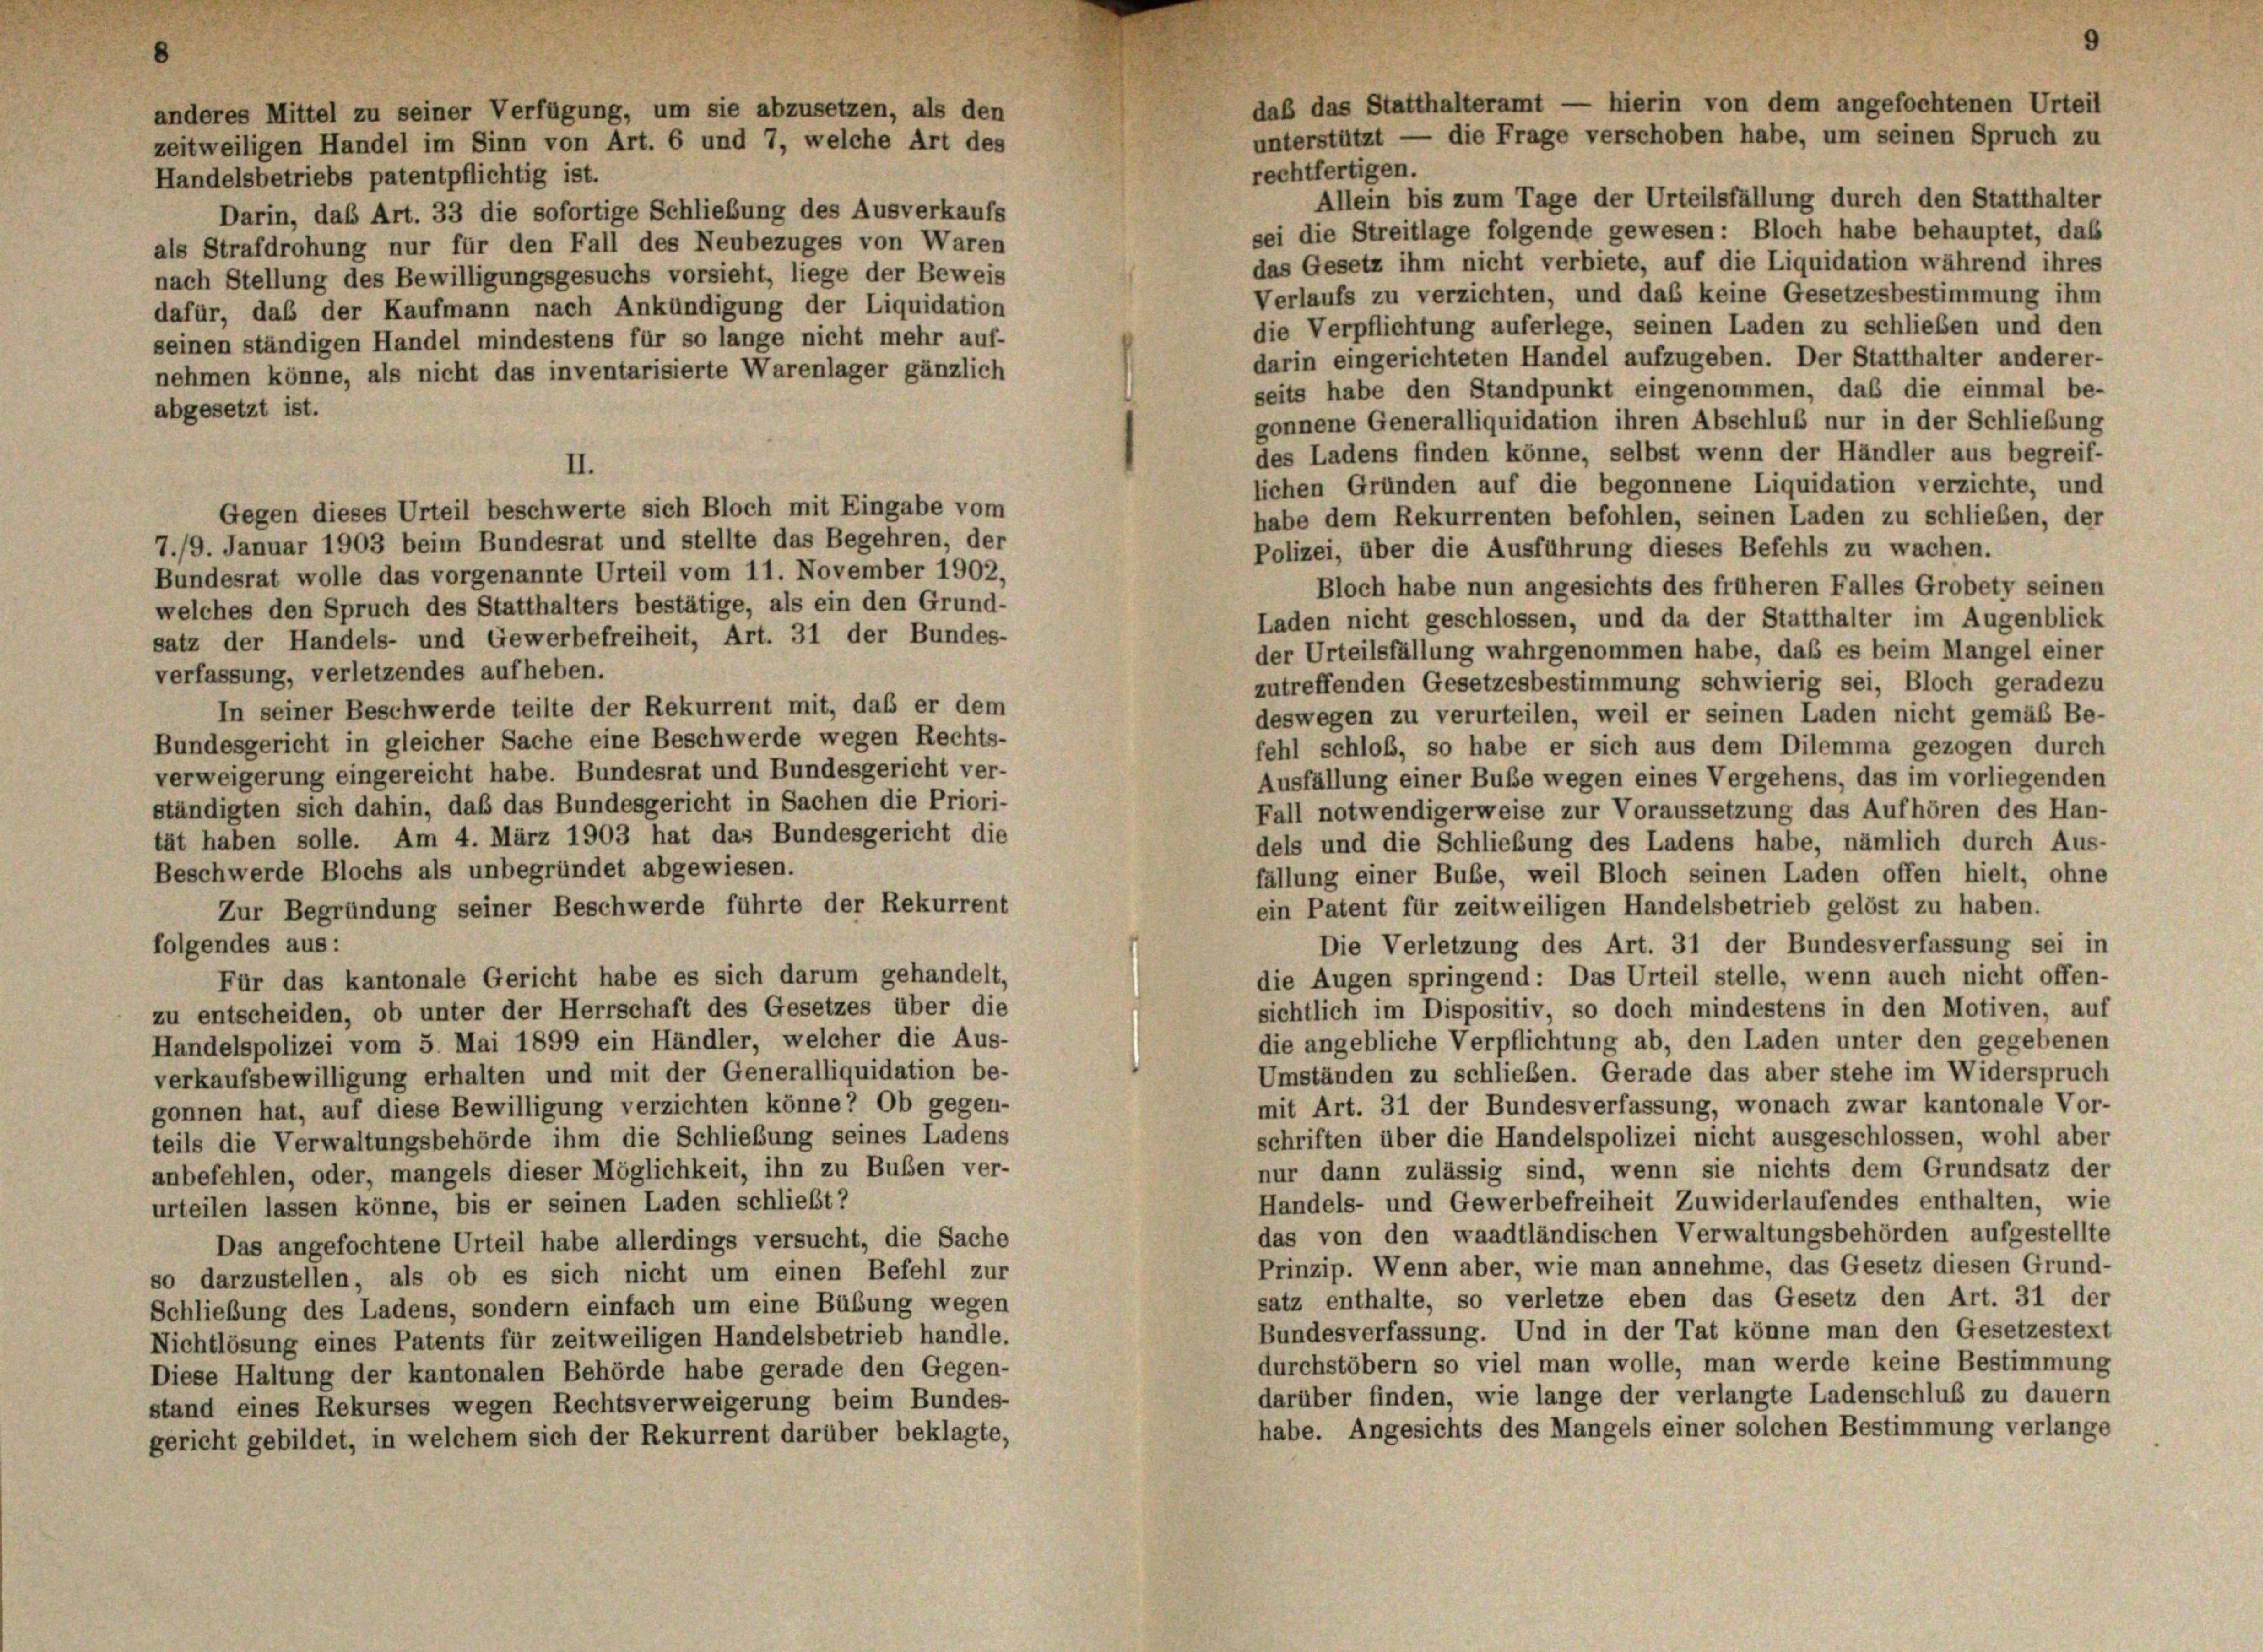
anderes Mittel zu seiner Verfügung, um sie abzusetzen, als den
zeitweiligen Handel im Sinn von Art. 6 und 7, welche Art des
Handelsbetriebs patentpflichtig ist.
Darin, daß Art. 33 die sofortige Schließung des Ausverkaufs

rechtfertigen.
Allein bis zum Tage der Urteilsfällung durch den Statthalter
sei die Streitlage folgende gewesen: Bloch habe behauptet, daß
als Strafdrohung nur für den Fall des Neubezuges von Waren
das Gesetz ihm nicht verbiete, auf die Liquidation während ihres
nach Stellung des Bewilligungsgesuchs vorsieht, liege der Beweis
Verlaufs zu verzichten, und das keine Gesetzesbestimmung ihm
dafür, daß der Kaufmann nach Ankündigung der Liquidation
die Verpflichtung auferlege, seinen Laden zu schlieben und den
seinen ständigen Handel mindestens für so lange nicht mehr auf-
darin eingerichteten Handel aufzugeben. Der Statthalter anderer-
nehmen könne, als nicht das inventarisierte Warenlager gänzlich
seits habe den Standpunkt eingenommen, daß die einmal be-
abgesetzt ist.
gonnene Generalliquidation ihren Abschluß nur in der Schließung
des Ladens finden könne, selbst wenn der Händler aus begreif-
lichen Gründen auf die begonnene Liquidation verzichte, und
Gegen dieses Urteil beschwerte sich Bloch mit Eingabe vom
habe dem Rekurrenten befohlen, seinen Laden zu schließen, der
7./9. Januar 1903 beim Bundesrat und stellte das Begehren, der
Polizei, über die Ausführung dieses Befehls zu wachen.
Bundesrat wolle das vorgenannte Urteil vom 11. November 1902,
Bloch habe nun angesichts des früheren Falles Grobety seinen
welches den Spruch des Statthalters bestätige, als ein den Grund-
Laden nicht geschlossen, und da der Statthalter im Augenblick
satz der Handels- und Gewerbefreiheit, Art. 31 der Bundes-
der Urteilsfällung wahrgenommen habe, daß es beim Mangel einer
verfassung, verletzendes aufheben.
zutreffenden Gesetzesbestimmung schwierig sei, Bloch geradezu
In seiner Beschwerde teilte der Rekurrent mit, daß er dem
deswegen zu verurteilen, weil er seinen Laden nicht gemäß Be-
Bundesgericht in gleicher Sache eine Beschwerde wegen Rechts-
fehl schloß, so habe er sich aus dem Dilemma gezogen durch
verweigerung eingereicht habe. Bundesrat und Bundesgericht ver-
Ausfällung einer Buße wegen eines Vergehens, das im vorliegenden
ständigten sich dahin, daß das Bundesgericht in Sachen die Priori-
Fall notwendigerweise zur Voraussetzung das Aufhören des Han-
tät haben solle. Am 4. März 1903 hat das Bundesgericht die
dels und die Schließung des Ladens habe, nämlich durch Aus-
Beschwerde Blochs als unbegründet abgewiesen.
fällung einer Bube, weil Bloch seinen Laden offen hielt, ohne
ein Patent für zeitweiligen Handelsbetrieb gelöst zu haben.
Zur Begründung seiner Beschwerde führte der Rekurrent
Die Verletzung des Art. 31 der Bundesverfassung sei in
folgendes aus:
die Augen springend: Das Urteil stelle, wenn auch nicht offen
Für das kantonale Gericht habe es sich darum gehandelt,
sichtlich im Dispositiv, so doch mindestens in den Motiven, auf
zu entscheiden, ob unter der Herrschaft des Gesetzes über die
die angebliche Verpflichtung ab, den Laden unter den gegebenen
Handelspolizei vom 5. Mai 1899 ein Händler, welcher die Aus-
Umständen zu schließen. Gerade das aber stehe im Widerspruch
verkaufsbewilligung erhalten und mit der Generalliquidation be-
mit Art. 31 der Bundesverfassung, wonach zwar kantonale Vor-
gonnen hat, auf diese Bewilligung verzichten könne? Ob gegen-
schriften über die Handelspolizei nicht ausgeschlossen, wohl aber
teils die Verwaltungsbehörde ihm die Schließung seines Ladens
nur dann zulässig sind, wenn sie nichts dem Grundsatz der
anbefehlen, oder, mangels dieser Möglichkeit, ihn zu Buben ver-
Handels- und Gewerbefreiheit Zuwiderlaufendes enthalten, wie
urteilen lassen könne, bis er seinen Laden schließt?
das von den waadtländischen Verwaltungsbehörden aufgestellte
Das angefochtene Urteil habe allerdings versucht, die Sache
Prinzip. Wenn aber, wie man annehme, das Gesetz diesen Grund-
so darzustellen, als ob es sich nicht um einen Befehl zur
satz enthalte, so verletze eben das Gesetz den Art. 31 der
Schließung des Ladens, sondern einfach um eine Bübung wegen
Bundesverfassung. Und in der Tat könne man den Gesetzestext
Nichtlösung eines Patents für zeitweiligen Handelsbetrieb handle.
durchstöbern so viel man wolle, man werde keine Bestimmung
Diese Haltung der kantonalen Behörde habe gerade den Gegen-
darüber finden, wie lange der verlangte Ladenschluß zu dauern
stand eines Rekurses wegen Rechtsverweigerung beim Bundes-
habe. Angesichts des Mangels einer solchen Bestimmung verlange
gericht gebildet, in welchem sich der Rekurrent darüber beklagte,

II.

daß das Statthalteramt — hierin von dem angefochtenen Urteil
unterstützt — die Frage verschoben habe, um seinen Spruch zu